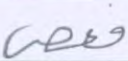
فعصى